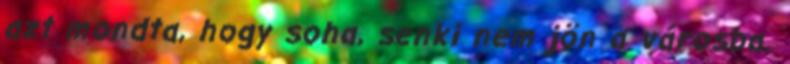
azt mondta, hogy soha, senki nem jön a városba.